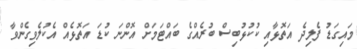
މައިގަޑު ފެލިދެ އަތޮޅާއި ކުކުޅުބިސް ބުރެއްގެ ބައްޓަމަށް އޮންނަ ކުޑަ އަތޮޅެއް އެކުލެވިގެންވާ